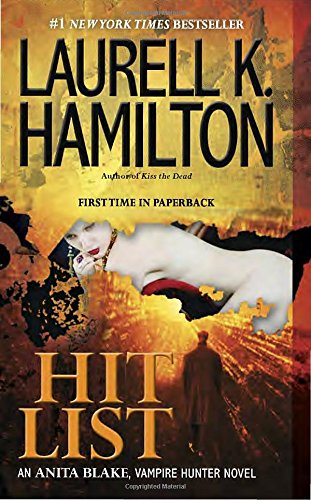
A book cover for Hit List: An Anita Blake, Vampire Hunter Novel; Laurell K. Hamilton; Romance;